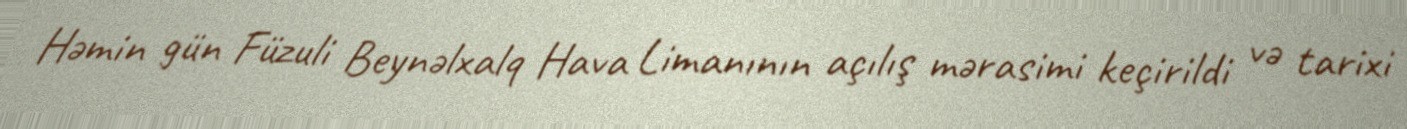
Həmin gün Füzuli Beynəlxalq Hava Limanının açılış mərasimi keçirildi və tarixi